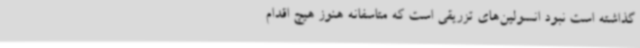
گذاشته است نبود انسولین‌های تزریقی است که متاسفانه هنوز هیچ اقدام